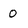
Character: 0